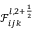
\mathcal { F } _ { i j k } ^ { l , 2 + \frac { 1 } { 2 } }